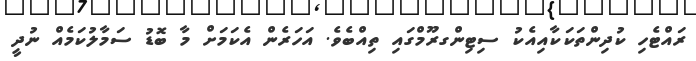
ރައްޓެހި ކުދިންތަކަކާއިއެކު ސިޓިންގރޫމްގައި ތިއްބެވެ. އަހަރެން އެކަމަށް މާ ބޮޑު ސަމާލުކަމެއް ނުދީ